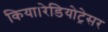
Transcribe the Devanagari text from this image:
किया।रेडियोट्रेसर